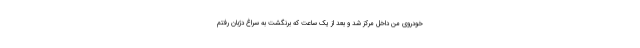
خودروی من داخل مرکز شد و بعد از یک ساعت که برنگشت به سراغ دژبان رفتم